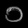
Digit: ၁